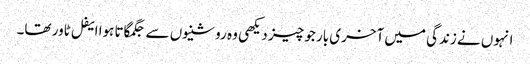
انہوں نے زندگی میں آخری بار جو چیز دیکھی وہ روشنیوں سے جگمگاتا ہوا ایفل ٹاور تھا۔